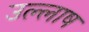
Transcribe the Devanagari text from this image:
उल्लाष